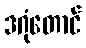
ဒဂုံတောင်